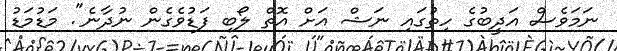
ނަމަވެސް އަދީބުގެ ހިތުގައި ނަޝް އަށް އޮތް ލޯބި ފަޑުވެގެން ނުދާނެ". މަޑުމަޑު